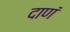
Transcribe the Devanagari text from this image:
दाणं